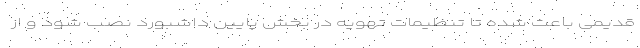
قدیمی باعث شده تا تنظیمات تهویه در بخش پایین داشبورد نصب شود و از